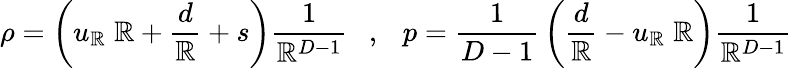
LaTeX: \rho=\left(u_{\mathbb{R}}\; \mathbb{R}+{\frac{{d}}{{\mathbb{R}}}}+s\right){\frac{{1}}{{\mathbb{R}^{D-1}}}}~~~,~~~p={\frac{{1}}{{D-1}}}\left({\frac{{d}}{{\mathbb{R}}}}-u_{\mathbb{R}}\; \mathbb{R}\right){\frac{{1}}{{\mathbb{R}^{D-1}}}}